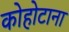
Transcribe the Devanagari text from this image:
कोहोटाना